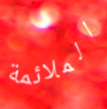
الملائمة